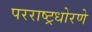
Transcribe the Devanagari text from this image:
परराष्ट्रधोरणे